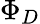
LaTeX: \Phi_{D}